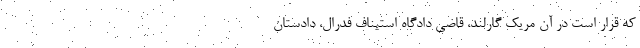
که قرار است در آن مریک گارلند، قاضی دادگاه استیناف فدرال، دادستان